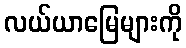
လယ်ယာမြေများကို